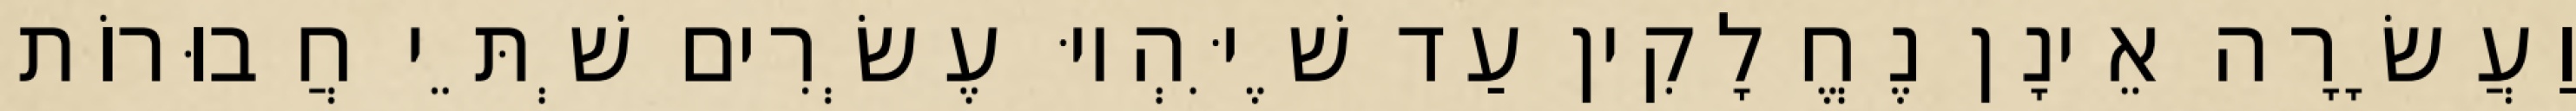
וַעֲשָׂרָה אֵינָן נֶחֱלָקִין עַד שֶׁיִּהְיוּ עֶשְׂרִים שְׁתֵּי חֲבוּרוֹת